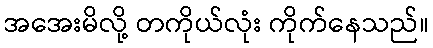
အအေးမိလို့ တကိုယ်လုံး ကိုက်နေသည်။